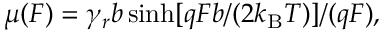
\begin{array} { r } { \mu ( F ) = \gamma _ { r } b \sinh [ q F b / ( 2 k _ { \mathrm { B } } T ) ] / ( q F ) , } \end{array}